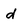
Character: d